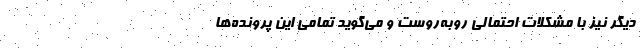
دیگر نیز با مشکلات احتمالی روبه‌روست و می‌گوید تمامی این پرونده‌ها